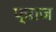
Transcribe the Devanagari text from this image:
फ्ऱाज